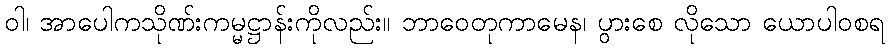
ဝါ၊ အာပေါကသိုဏ်းကမ္မဋ္ဌာန်းကိုလည်း။ ဘာဝေတုကာမေန၊ ပွားစေ လိုသော ယောပါဝစရ